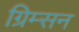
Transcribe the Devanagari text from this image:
ग्रिम्सन